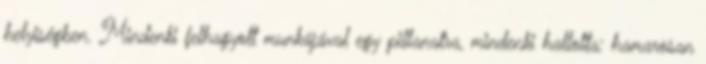
helyiségben. Mindenki felhagyott munkájával egy pillanatra, mindenki hallotta: hamarosan